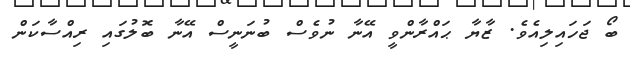
ބޯ ޖަހައިލިއެވެ. ޒާޔާ ޙައްރާންވީ އޭނާ ނުވެސް ބުނަނީސް އޭނާ ބޮލުގައި ރިއްސާކަން